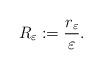
LaTeX: \begin{align*}R_{\varepsilon} : = \frac{r_{\varepsilon}}{\varepsilon} . \end{align*}